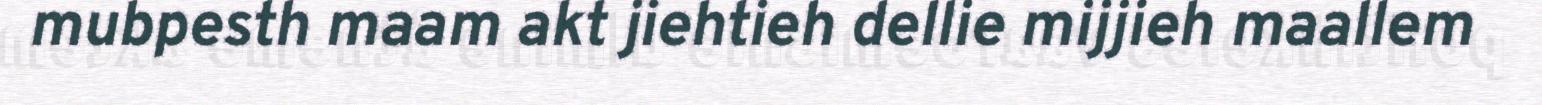
mubpesth maam akt jiehtieh dellie mijjieh maallem